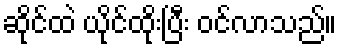
ဆိုင်ထဲ ယိုင်ထိုးပြီး ဝင်လာသည်။